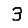
Digit: 3